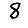
Digit: 8